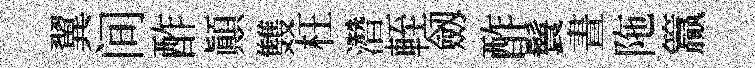
翼间酢顛䨇枉濳輊劔酢鬟晝陁籯